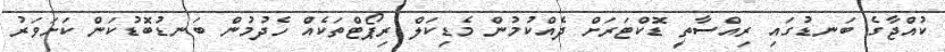
ކުއްޖާގެ ބަނޑުގައި ރިއްސާތީ ޑޮކްޓަރަށް ދެއްކުމުން މެޑިކަލް ރިިޕޯޓްތަކެއް ހެދުމުން ބަނޑުބޮޑުކަން ކަށަވަރު